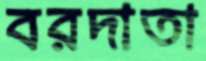
বরদাতা